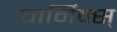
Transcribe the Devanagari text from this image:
चार्मिक्स्